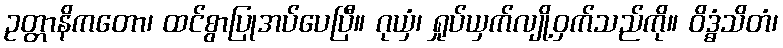
ဥတ္တာနိကတော၊ ထင်စွာပြုအပ်ပေပြီ။ ဂုယှံ၊ ရှုပ်ယှက်လျို့ဝှက်သည်ကို။ ဝိဒ္ဓံသိတံ၊